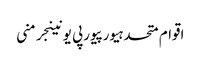
اقوام متحدہیورپیورپی یونینجرمنی